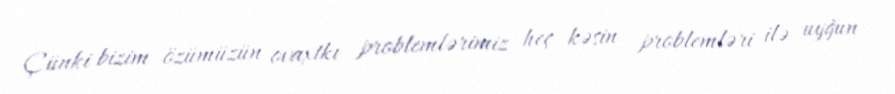
Çünki bizim özümüzün ovaxtkı problemlərimiz heç kəsin problemləri ilə uyğun